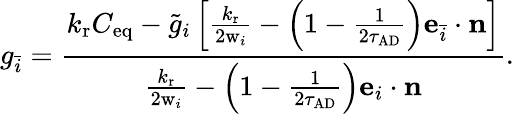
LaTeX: g_{\bar{i}}=\frac{{k_{\mathrm{r}}C_{\mathrm{eq}}-\tilde{g}_{i}\left[{{\frac{k_{\mathrm{r}}}{2\mathrm{w}_{i}}}-\left(1-{\frac{1}{2\tau_{\mathrm{AD}}}}\right)\mathbf{e}_{\bar{i}}\cdot\mathbf{n}}\right]}}{{{\frac{k_{\mathrm{r}}}{2\mathrm{w}_{i}}}-\left(1-{\frac{1}{2\tau_{\mathrm{AD}}}}\right)\mathbf{e}_{i}\cdot\mathbf{n}}}.